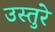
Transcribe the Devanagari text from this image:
उस्तुरे